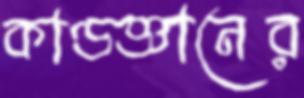
কাণ্ডজ্ঞানের